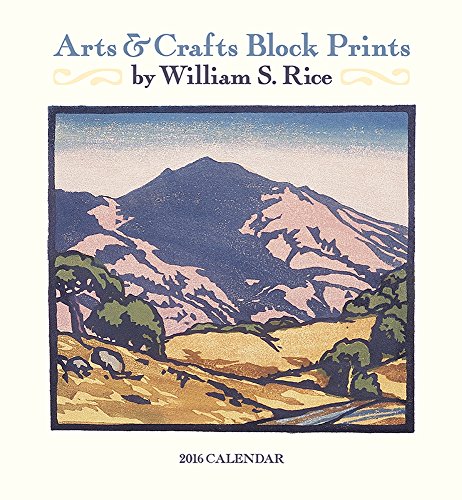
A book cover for Rice/Arts & Crafts Prints 2016 Calendar; William Rice; Calendars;